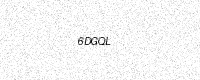
Text: 6DGQL